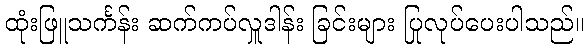
ထုံးဖြူသင်္ကန်း ဆက်ကပ်လှူဒါန်း ခြင်းများ ပြုလုပ်ပေးပါသည်။